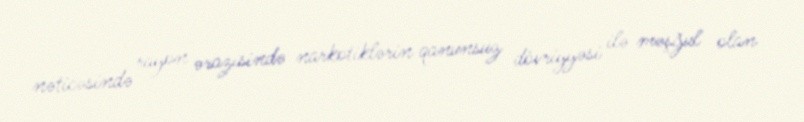
nəticəsində rayon ərazisində narkotiklərin qanunsuz dövriyyəsi ilə məşğul olan